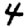
Digit: 4